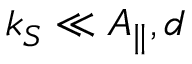
k _ { S } \ll A _ { \parallel } , d